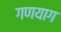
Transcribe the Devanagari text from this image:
गणयाग